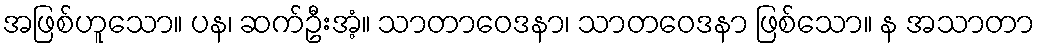
အဖြစ်ဟူသော။ ပန၊ ဆက်ဦးအံ့။ သာတာဝေဒနာ၊ သာတဝေဒနာ ဖြစ်သော။ န အသာတာ